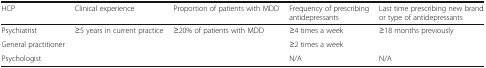
| HCP | Clinical experience | Proportion of patients with MDD | Frequency of prescribing antidepressants | Last time prescribing new brand or type of antidepressants |
 | --- | --- | --- | --- | --- |
 | Psychiatrist | <ROWSPAN=3> ≥5 years in current practice | <ROWSPAN=3> ≥20% of patients with MDD | ≥4 times a week | <ROWSPAN=2> ≥18 months previously |
 | General practitioner | ≥2 times a week |
 | Psychologist | N/A | N/A |